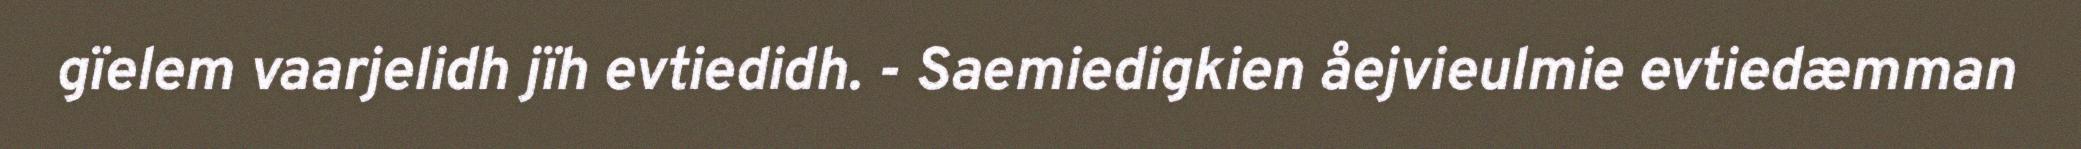
gïelem vaarjelidh jïh evtiedidh. - Saemiedigkien åejvieulmie evtiedæmman